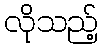
လိုသည့်